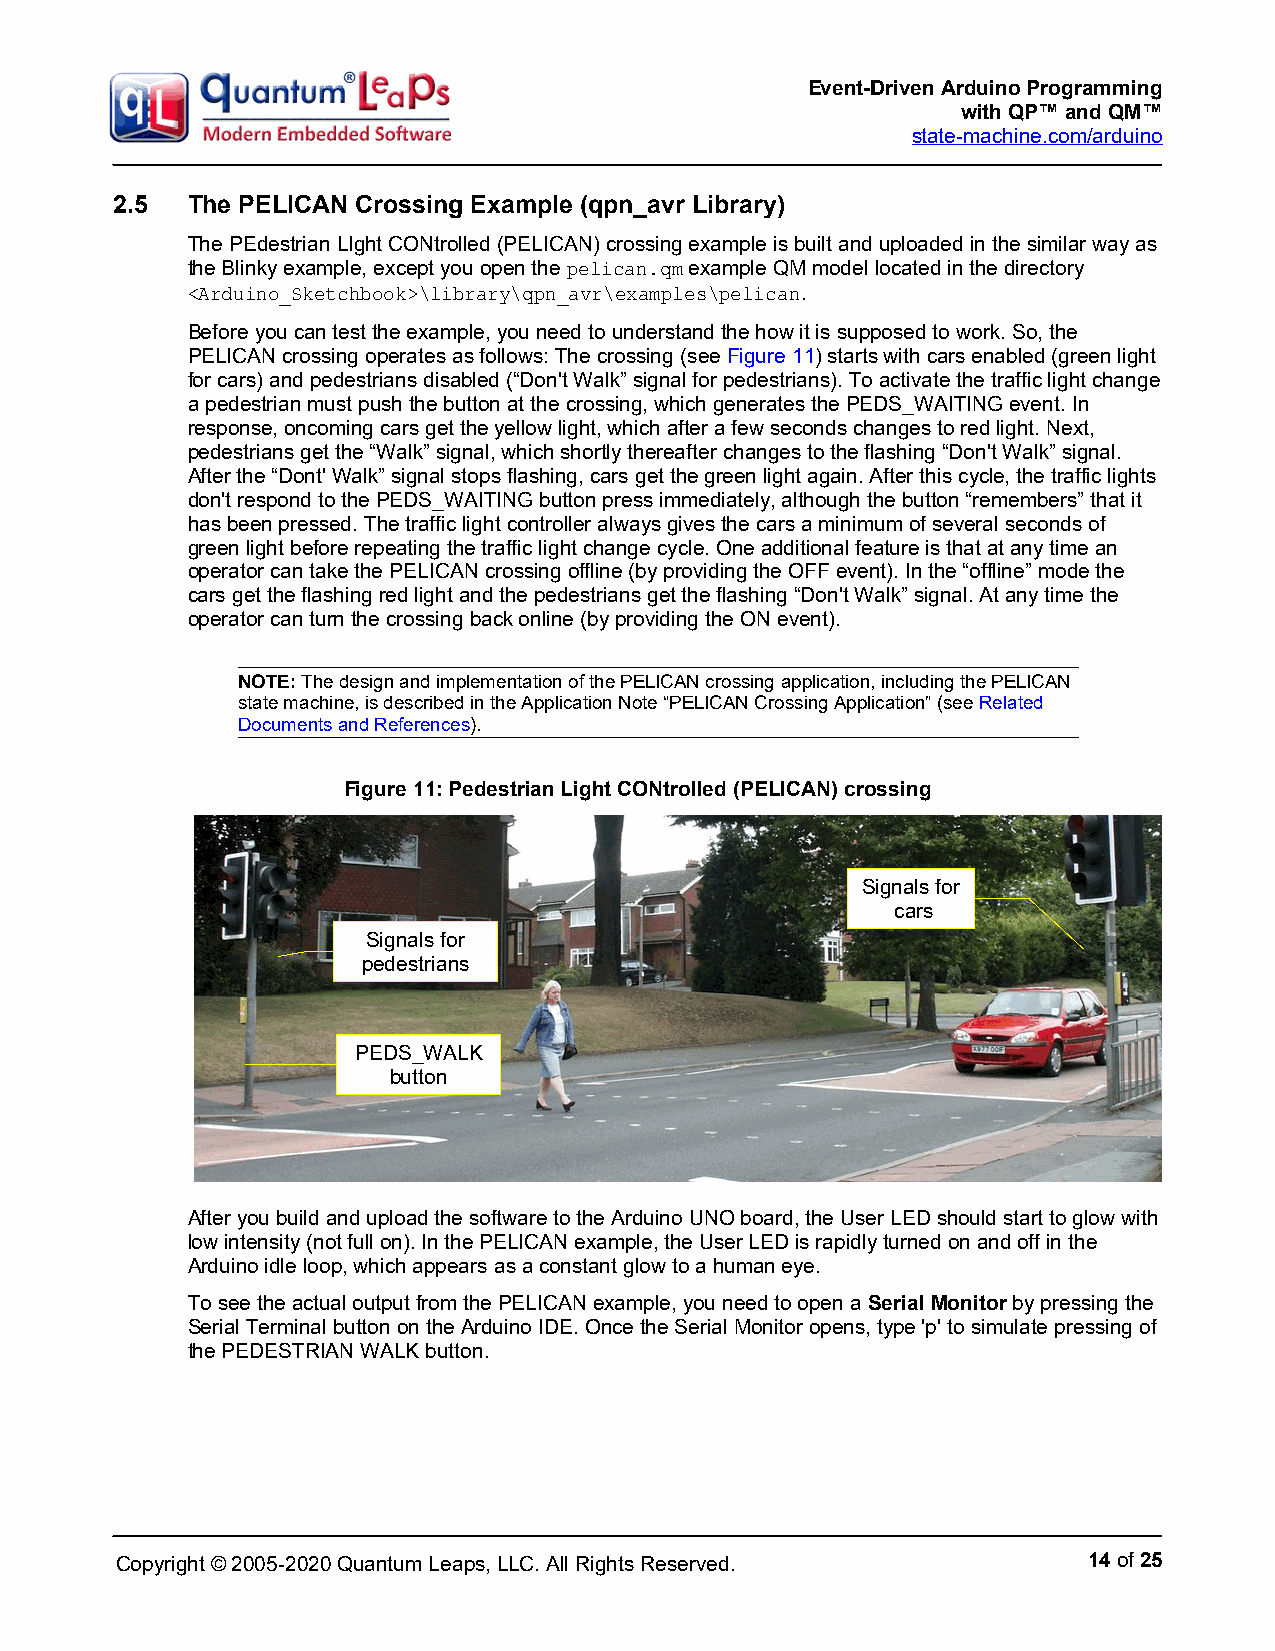
Event-Driven Arduino Programming
 with QP™ and QM™
 state-machine.com/arduino
 2.5  The PELICAN Crossing Example (qpn_avr Library)
 The PEdestrian LIght CONtrolled (PELICAN) crossing example is built and uploaded in the similar way as
 the Blinky example, except you open the pelican.qm example QM model located in the directory
 <Arduino_Sketchbook>\library\qpn_avr\examples\pelican.
 Before you can test the example, you need to understand the how it is supposed to work. So, the
 PELICAN crossing operates as follows: The crossing (see Figure 11) starts with cars enabled (green light
 for cars) and pedestrians disabled (“Don't Walk” signal for pedestrians). To activate the traffic light change
 a pedestrian must push the button at the crossing, which generates the PEDS_WAITING event. In
 response, oncoming cars get the yellow light, which after a few seconds changes to red light. Next,
 pedestrians get the “Walk” signal, which shortly thereafter changes to the flashing “Don't Walk” signal.
 After the “Dont' Walk” signal stops flashing, cars get the green light again. After this cycle, the traffic lights
 don't respond to the PEDS_WAITING button press immediately, although the button “remembers” that it
 has been pressed. The traffic light controller always gives the cars a minimum of several seconds of
 green light before repeating the traffic light change cycle. One additional feature is that at any time an
 operator can take the PELICAN crossing offline (by providing the OFF event). In the “offline” mode the
 cars get the flashing red light and the pedestrians get the flashing “Don't Walk” signal. At any time the
 operator can turn the crossing back online (by providing the ON event).
 NOTE: The design and implementation of the PELICAN crossing application, including the PELICAN
 state machine, is described in the Application Note “PELICAN Crossing Application” (see Related
 Documents and References).
 Figure 11: Pedestrian Light CONtrolled (PELICAN) crossing
 Signals for
 cars
 Signals for
 pedestrians
 PEDS_WALK
 button
 After you build and upload the software to the Arduino UNO board, the User LED should start to glow with
 low intensity (not full on). In the PELICAN example, the User LED is rapidly turned on and off in the
 Arduino idle loop, which appears as a constant glow to a human eye.
 To see the actual output from the PELICAN example, you need to open a Serial Monitor by pressing the
 Serial Terminal button on the Arduino IDE. Once the Serial Monitor opens, type 'p' to simulate pressing of
 the PEDESTRIAN WALK button.
 Copyright © 2005-2020 Quantum Leaps, LLC. All Rights Reserved.  14 of 25